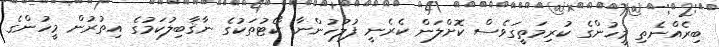
ބިރެއްނެތި މީހުންގެ ކުރިމަތީގަވެސް ކޮށްލަން ކެރެނީ ފުލުހުންނާ ކޯޓުތަކުގެ ނާޤާބިލުކަމުގެ އިތުރުން މީހުންގެ